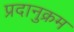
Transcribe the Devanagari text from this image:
प्रदानुक्रम